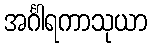
အင်္ဂါရကာသုယာ